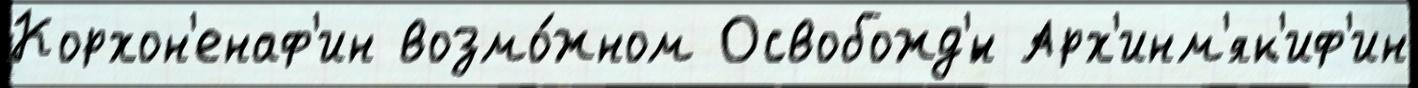
Корхон'енаф'ин возмо́жном Освобожд'́н Арх'инм'як'иф'ин